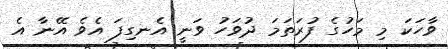
ވާހަކަ މި މަހުގެ ފުރަތަމަ ދުވަހު ވަނީ އެނގިފަ އެވެ އޭނާ އެ